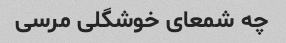
چه شمعای خوشگلی مرسی